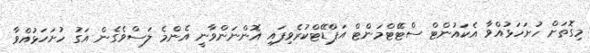
މިގޮތަށް ހުށަހަޅުއްވާ އެކައުންޓް ސްޓޭޓްމަންޓް އަޕްޑޭޓްކުރެވިފައި އޮންނަންވާނީ އެންމެ ލަސްވެގެން އަގު ހުށަހަޅުއްވާ